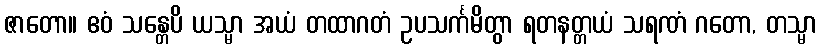
ဇာတော။ ဧဝံ သန္တေပိ ယသ္မာ အယံ တထာဂတံ ဥပသင်္ကမိတွာ ရတနတ္တယံ သရဏံ ဂတော, တသ္မာ